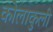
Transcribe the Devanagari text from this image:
कोलाकुली